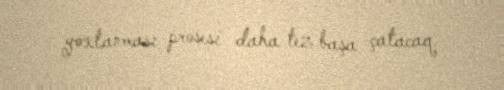
yoxlanması prosesi daha tez başa çatacaq.